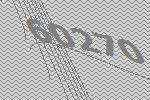
60270